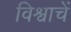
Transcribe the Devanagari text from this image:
विश्वाचें